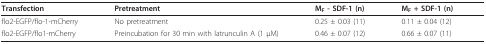
| Transfection | Pretreatment | MF - SDF-1 (n) | MF + SDF-1 (n) |
 | --- | --- | --- | --- |
 | flo2-EGFP/flo-1-mCherry | No pretreatment | 0.25 ± 0.03 (11) | 0.11 ± 0.04 (12) |
 | flo2-EGFP/flo1-mCherry | Preincubation for 30 min with latrunculin A (1 μM) | 0.46 ± 0.07 (12) | 0.66 ± 0.07 (11) |